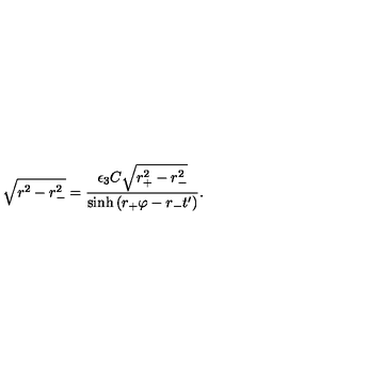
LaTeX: \sqrt { r _ { \vphantom - } ^ { 2 } - r _ { - } ^ { 2 } } = { \frac { \epsilon _ { 3 } C \sqrt { r _ { + } ^ { 2 } - r _ { - } ^ { 2 } } } { \sinh \left( r _ { + } \varphi - r _ { - } t ^ { \prime } \right) } } .